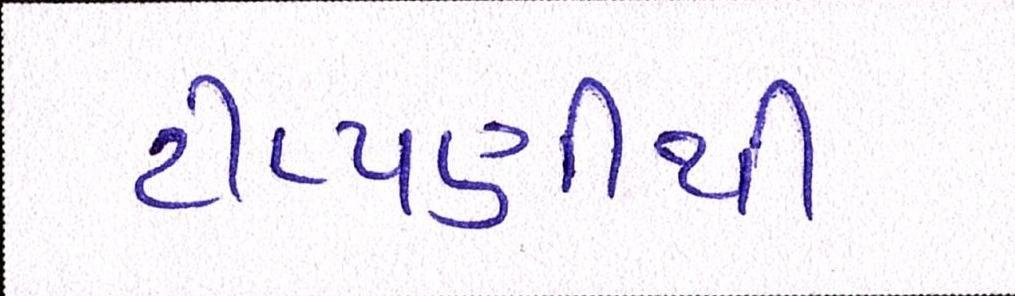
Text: ટીપ્પણીથી